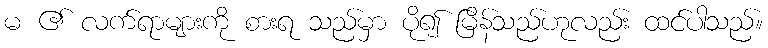
မ ၏ လက်ရာများကို စားရ သည်မှာ ပို၍ မြိန်သည်ဟုလည်း ထင်ပါသည်။